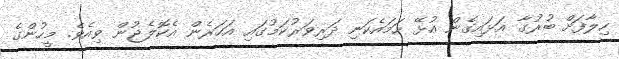
ހިލާފަށް ބުރުގާ އަޅައިގެން އުޅޭ ހަމައެކަނި ދަރިވަރުކަމުގައި އަހަރެން އެކޮލެޖުން ވިއެވެ. މީހުންގެ